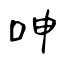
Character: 呻